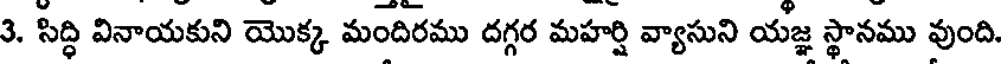
3. సిద్ధి వినాయకుని యొక్క మందిరము దగ్గర మహర్షి వ్యాసుని యజ్ఞ స్థానము వుంది.